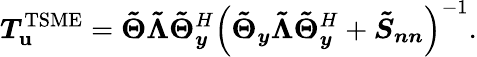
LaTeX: \boldsymbol{T}_{\boldsymbol{\mathbf{u}}}^{\mathrm{{TSME}}}=\boldsymbol{\tilde{{\Theta}}}\boldsymbol{\tilde{{\Lambda}}}\boldsymbol{\tilde{{\Theta}}}_{\boldsymbol{y}}^{H}\left(\boldsymbol{\tilde{{\Theta}}_{y}}\boldsymbol{\tilde{{\Lambda}}}\boldsymbol{\tilde{{\Theta}}}_{\boldsymbol{y}}^{H}+\boldsymbol{\tilde{{S}}_{nn}}\right)^{-1}.